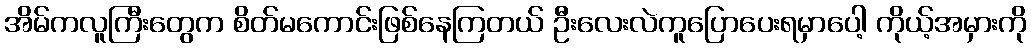
အိမ်ကလူကြီးတွေက စိတ်မကောင်းဖြစ်နေကြတယ် ဦးလေးလဲကူပြောပေးရမှာပေါ့ ကိုယ့်အမှားကို